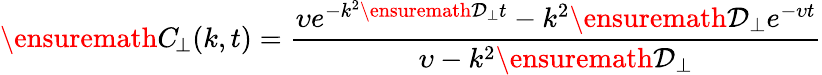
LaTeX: \ensuremath{C_{\! \! \: \perp}}(k,t)=\frac{\upsilon e^{-k^{2}\ensuremath{\mathcal{D}_{\perp}}t}-k^{2}\ensuremath{\mathcal{D}_{\perp}}e^{-\upsilon t}}{\upsilon-k^{2}\ensuremath{\mathcal{D}_{\perp}}}